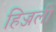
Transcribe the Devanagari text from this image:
हिज्जली